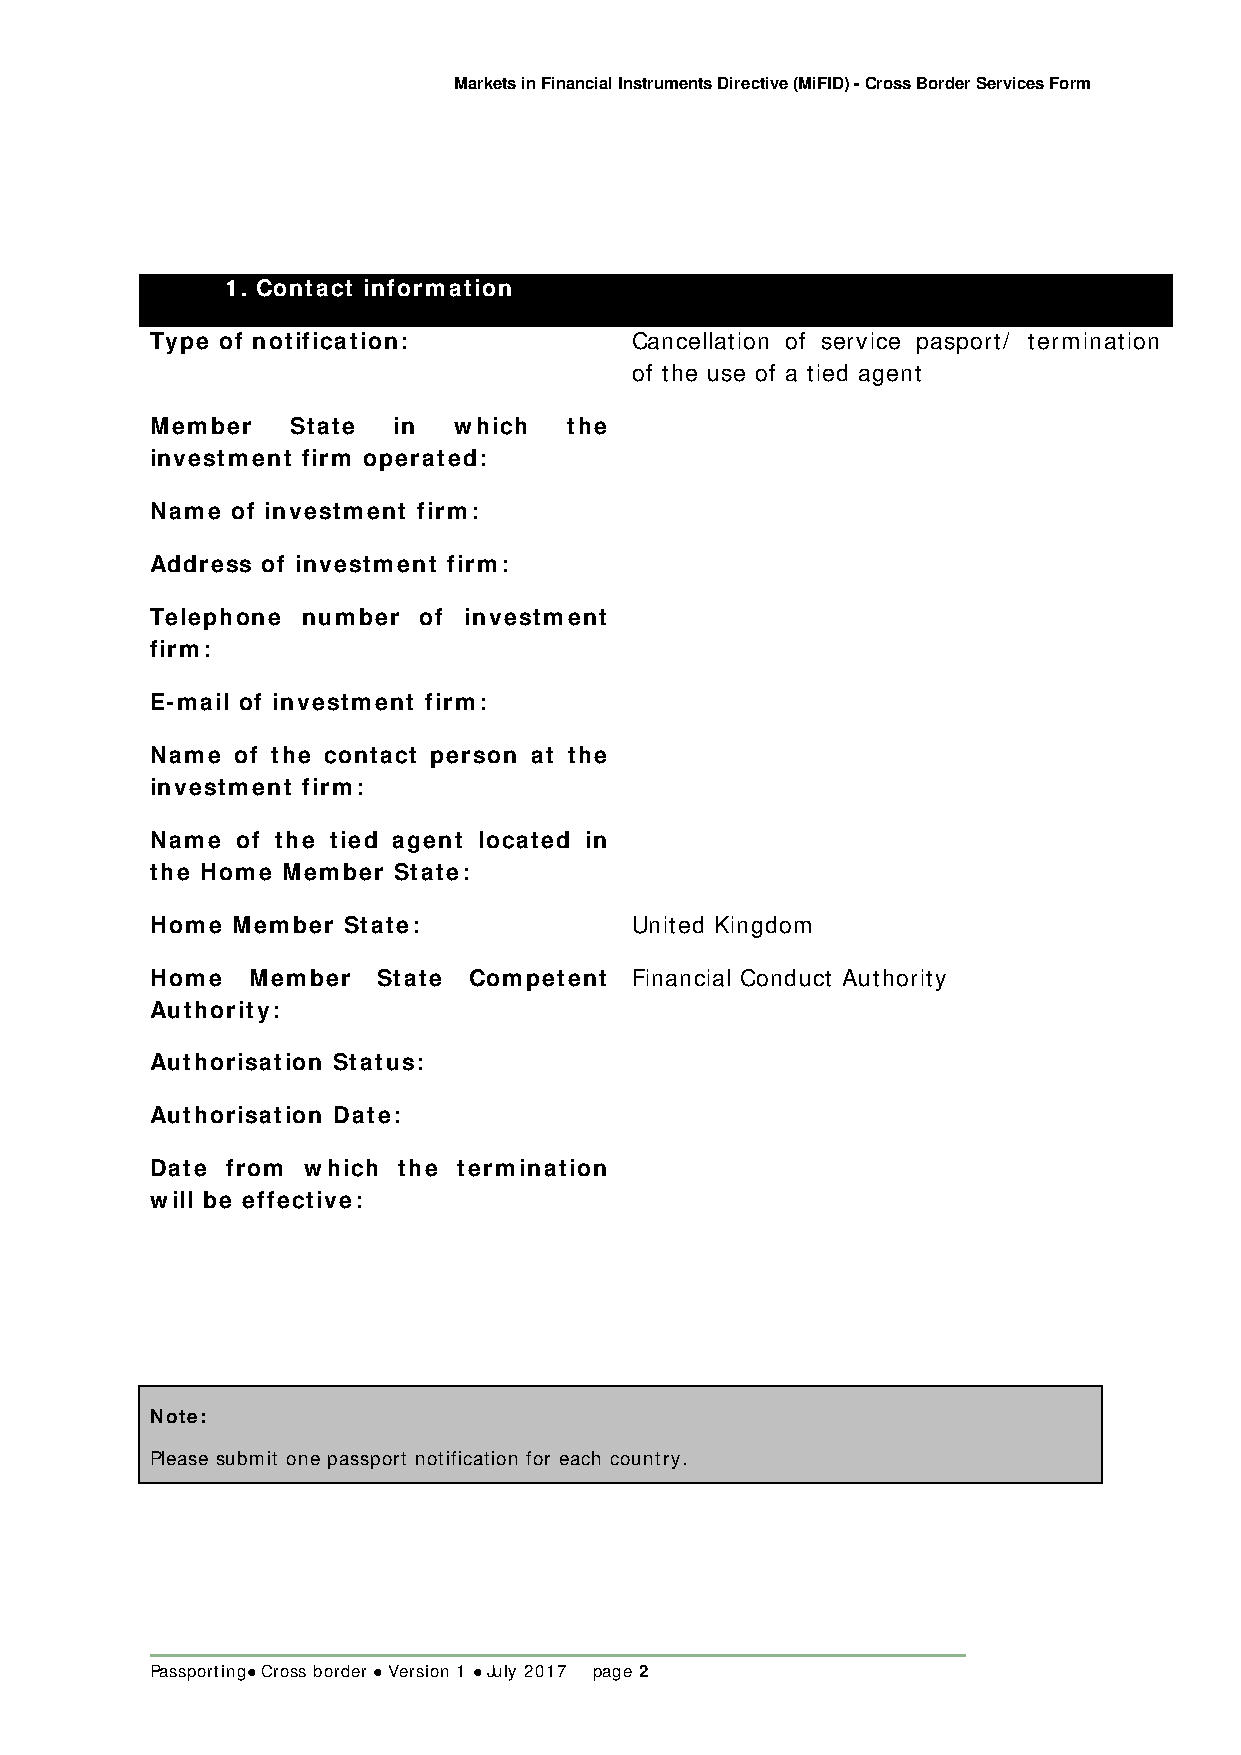
Markets in Financial Instruments Directive (MiFID) - Cross Border Services Form
 1. Contact information
 Type of notification:           Cancellation of service pasport/ termination
 of the use of a tied agent
 Member   State  in  which   the
 investment firm operated:
 Name of investment firm:
 Address of investment firm:
 Telephone number  of investment
 firm:
 E-mail of investment firm:
 Name  of the contact person at the
 investment firm:
 Name  of the tied agent located in
 the Home Member State:
 Home Member  State:             United Kingdom
 Home  Member   State Competent  Financial Conduct Authority
 Authority:
 Authorisation Status:
 Authorisation Date:
 Date from which the termination
 will be effective:
 Note:
 Please submit one passport notification for each country.
 Passporting Cross border  Version 1  July 2017 page 2